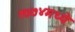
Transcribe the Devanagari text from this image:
१७७४मध्ये